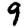
Digit: 9